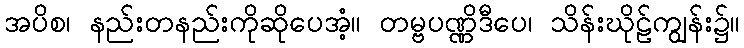
အပိစ၊ နည်းတနည်းကိုဆိုပေအံ့။ တမ္ဗပဏ္ဏိဒီပေ၊ သိန်းဃိုဠ်ကျွန်း၌။